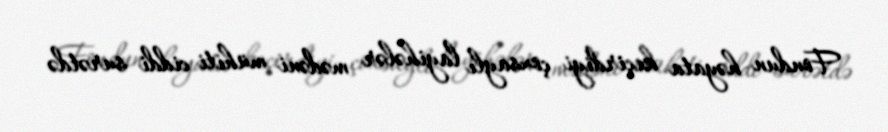
Fondun həyata keçirdiyi çoxsaylı layihələr mədəni mühiti ciddi surətdə